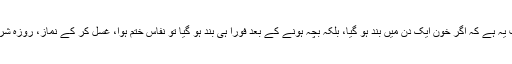
حکمِ شریعت یہ ہے کہ اگر خون ایک دن میں بند ہو گیا، بلکہ بچّہ ہونے کے بعد فوراً ہی بند ہو گیا تو نَفاس ختم ہوا، غسل کر کے نَماز، روزہ شروع کر دیں۔